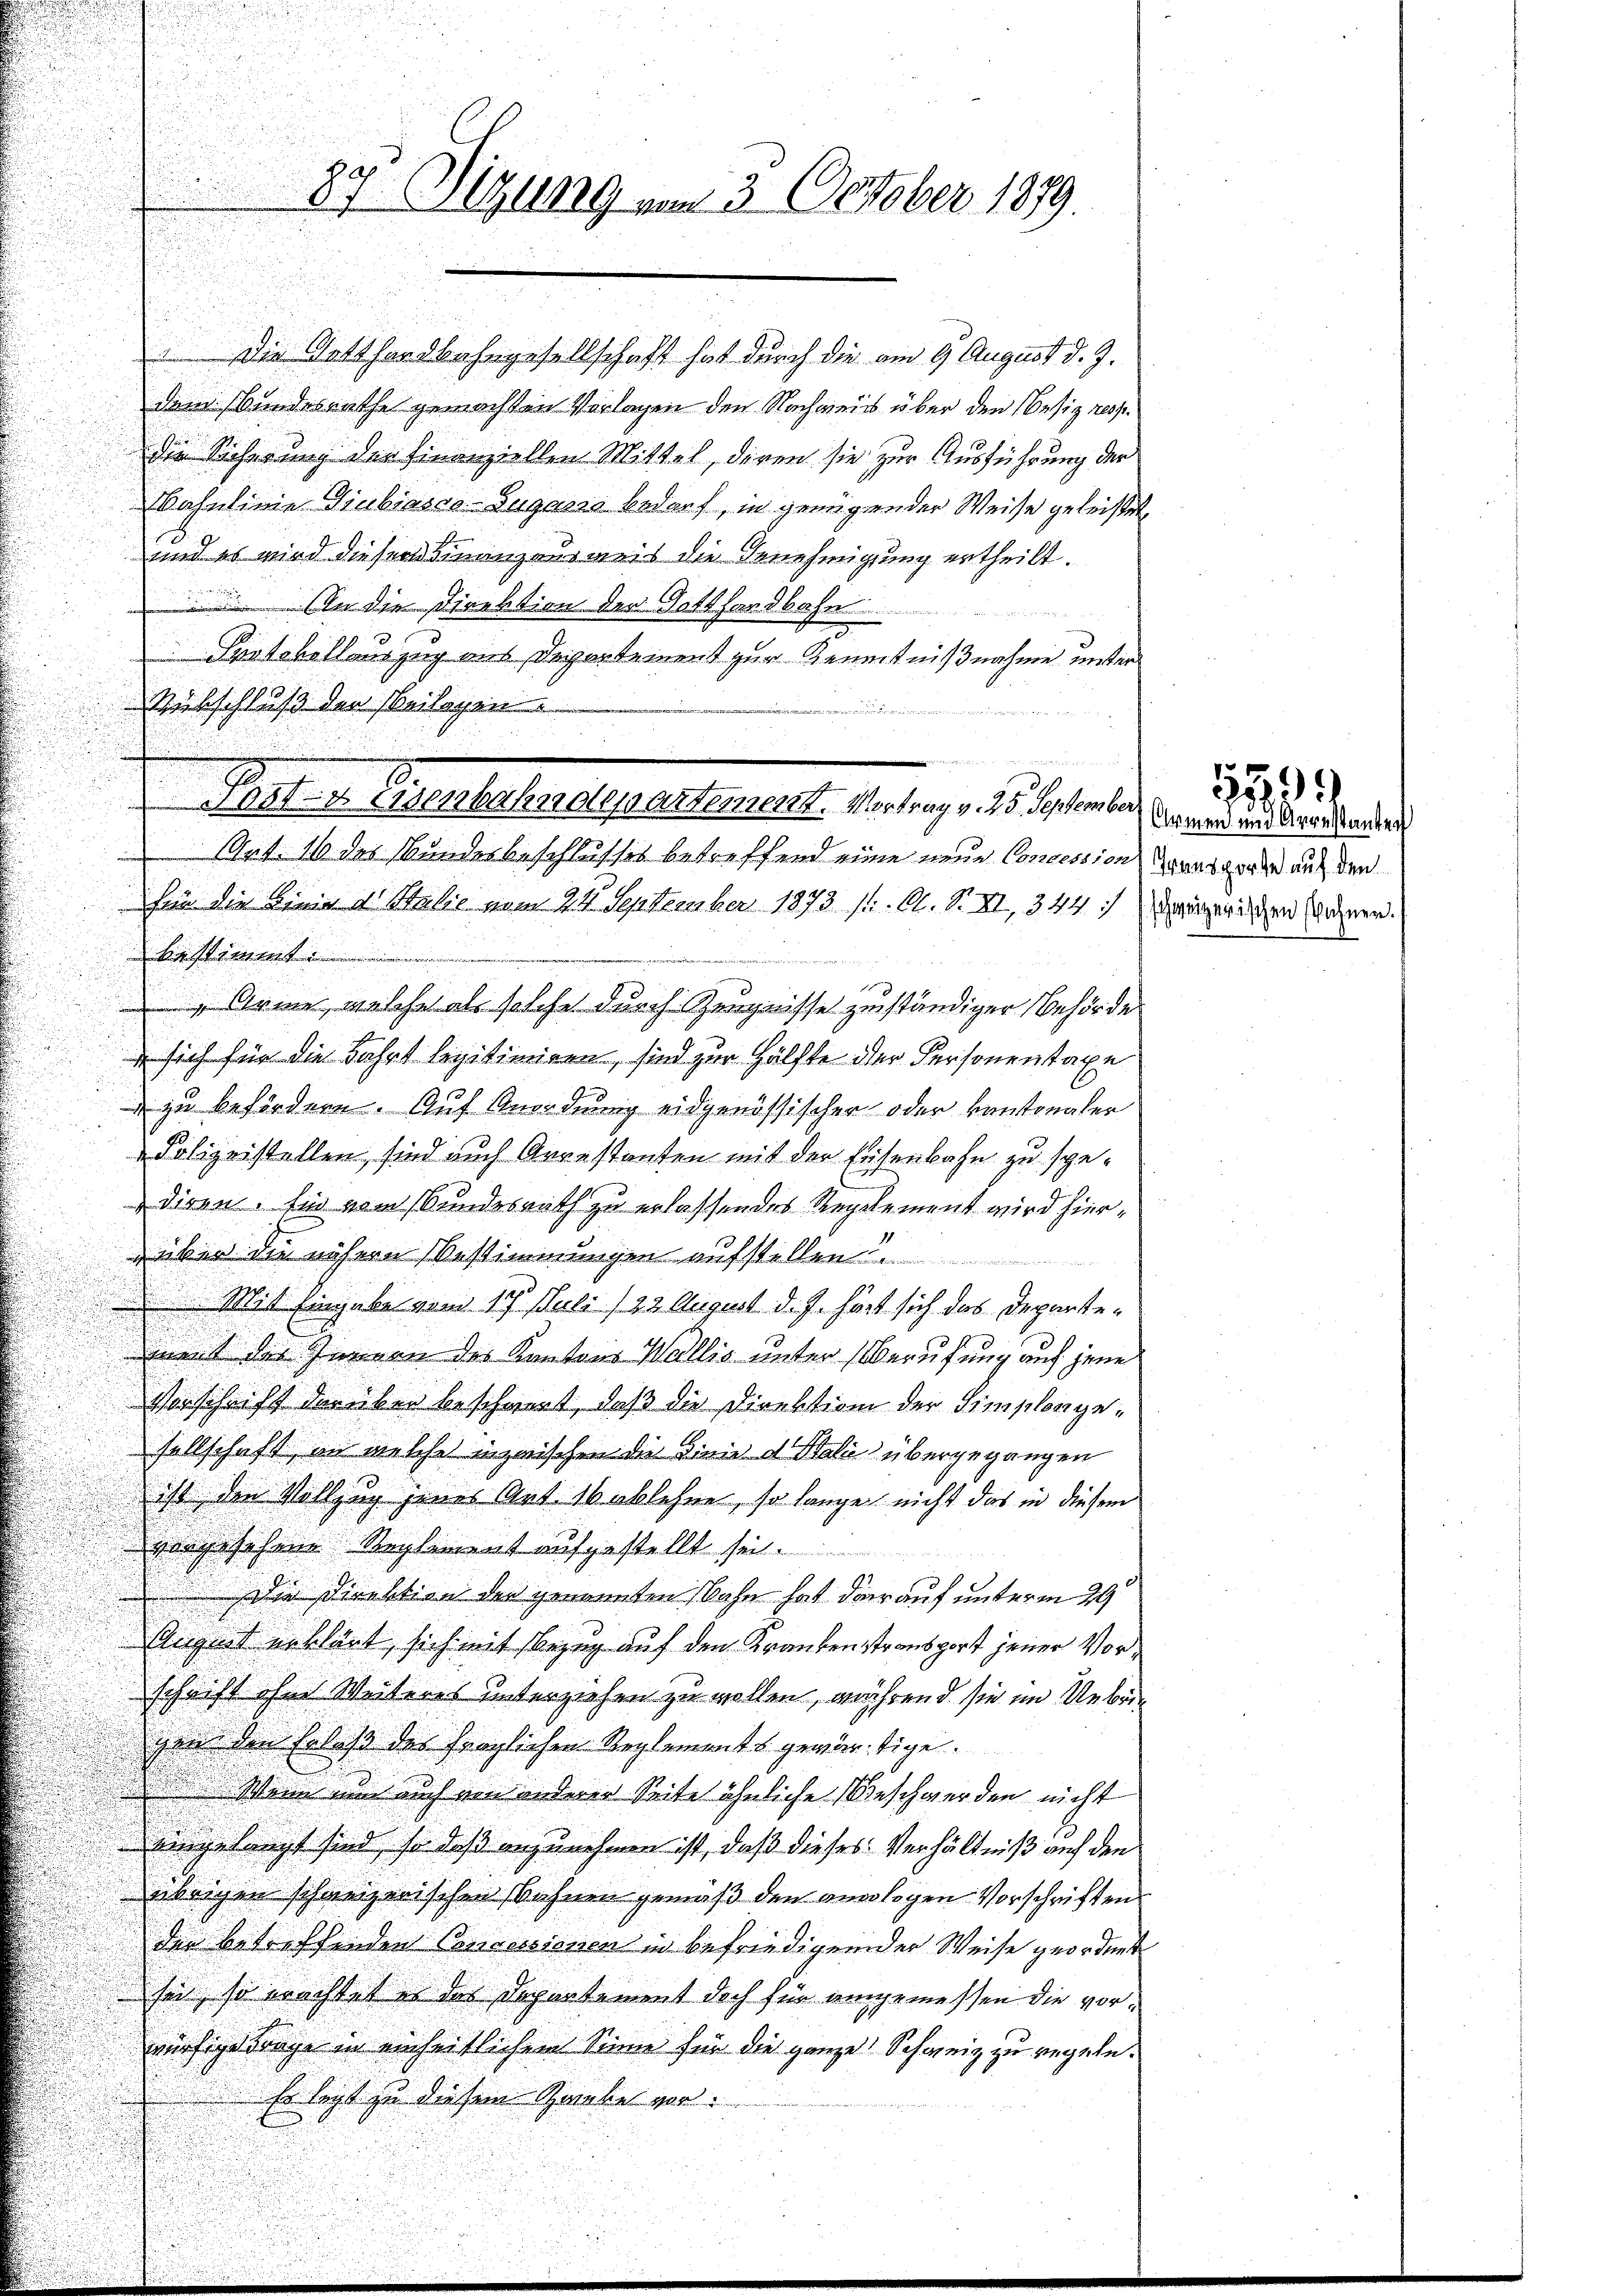
zu Sizung vom 3. October 1879.

Die Gotthardbahngesellschaft hat durch die am 9. August d. J.
dem Bandesrathe gemachten Vorlagen den Nachweiss über den Besiz resp.
die Sicherung der Finanziellen Mittel, diren sie zur Ausführung der
Mahulinie Giubiasco-Zugano bedarf, in genügender Weise geleistet,
und es wird diesem Finanzausweis die Genehmigung ertheilt.
Für
 An die Direktion der Gotthardbahn
1

Protokollauszug aus Departement zur Kenntnißnahme unter
Rübschluß der beilagen.
.
Art. 16 des Bundesbeschlusses betreffend eine neue Concession
hin die Linie d. Statis vom 24. September 1873 st. A. S. XI, 344. Seizerischen Bozner.
bestimmt.

 Arme, welche als solche durch Zeugnisse zuständiger Behörde
 sich für die Fahrt legitimiren, sind zur Hälfte der Personentaxe
 zu befördern. Auf Anordnung eidgenössischer oder kantonaler
Polizeistellen sind auch Arrestanten mit der Eisenbahn zu spediren. Ein von Bundesrath zu erlassendes Reglement wird hier¬
 über die nähern Bestimmungen aufstellen
Mit Eingabe vom 17. Juli 122 August d. J. hört sich das Departement des Innern des Kantons Wallis unter Berufung auf jene
Vorschrift der über beschannt, daß die Direktion der Simplorgesellschaft, in welche inzwischen die Linie d Stalić übergegangen
ist den Vollzug jenes Art. 16 ablehne, so lange nicht das in diesem
vorgesehene Reglement aufgestellt sei.
Die Direktion der genannten Nahn hat darauf unterm 29
August erklärt, sich mit Bezug auf den Krankenstransport jener Vorschrift ohne Weiteres unterziehen zu wollen, während sie im Uebrigen den Erlaß des fraglichen Reglements gewärtige.
Wann und auch ein anderer Seite ähnliche Beschwerden nicht
eingelangt sind, so daß anzunehmen ist, daß dieses Verhältniß auf den
übrigen schweizerischen Bahnen gemäß den analogen Vorschriften
der betreffenden Consereinen in befriedigender Weise geordnet
sei, so erachtet es der Departement doch für eingemessen die vorwürfigedrage in einheitlichem Sinne für die ganze Schweiz zu regeln.
Es lagt zu diesem Rambe vor.

0sten eisenbahndepartement. Vortrag v. 25. September Anward und Arandanten

Transporte auf den

599